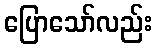
ပြောသော်လည်း